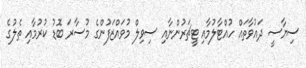
ސިޔާސީ ދައުވާތައް ހުއްޓާލުމާއި ޓީޗަރުންނާއި ސިވިލް މުވަައްޒަފުންގެ މުސާރަ ބޮޑު ކުރުމާއި ތެލުގެ